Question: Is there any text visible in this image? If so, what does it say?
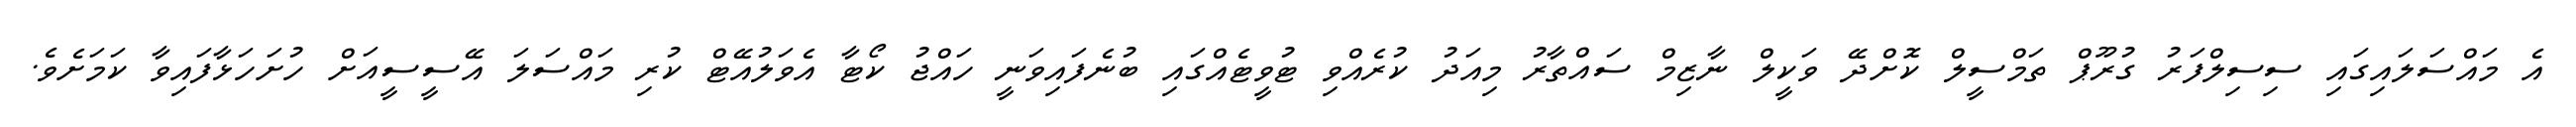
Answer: އެ މައްސަލައިގައި ސިސިލްފަރު ގުރޫޕް ތަމްސީލް ކޮށްދޭ ވަކީލް ނާޒިމް ސައްތާރު މިއަދު ކުރެއްވި ޓުވީޓެއްގައި ބުނެފައިވަނީ ހައްޖު ކޯޓާ އެވަލުއޭޓް ކުރި މައްސަލަ އޭސީސީއަށް ހުށަހަޅާފައިވާ ކަމަށެވެ.